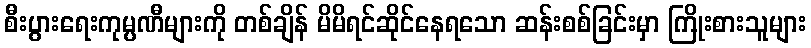
စီးပွားရေးကုမ္ပဏီများကို တစ်ချိန် မိမိရင်ဆိုင်နေရသော ဆန်းစစ်ခြင်းမှာ ကြိုးစားသူများ